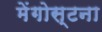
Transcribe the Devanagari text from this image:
मेंगोस्टना